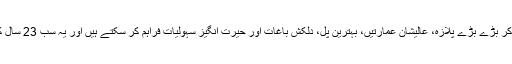
آپ کسی بھی شہر میں ہزاروں لاکھوں مزدور لگا کر بڑے بڑے پلازہ، عالیشان عمارتیں، بہترین پل، دلکش باغات اور حیرت انگیز سہولیات فراہم کر سکتے ہیں اور یہ سب 23 سال کے عرصے، بلکہ اس سے بھی کم میں ممکن ہے۔